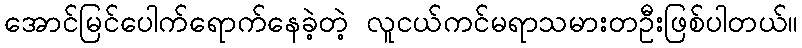
အောင်မြင်ပေါက်ရောက်နေခဲ့တဲ့ လူငယ်ကင်မရာသမားတဦးဖြစ်ပါတယ်။